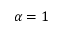
\alpha = 1